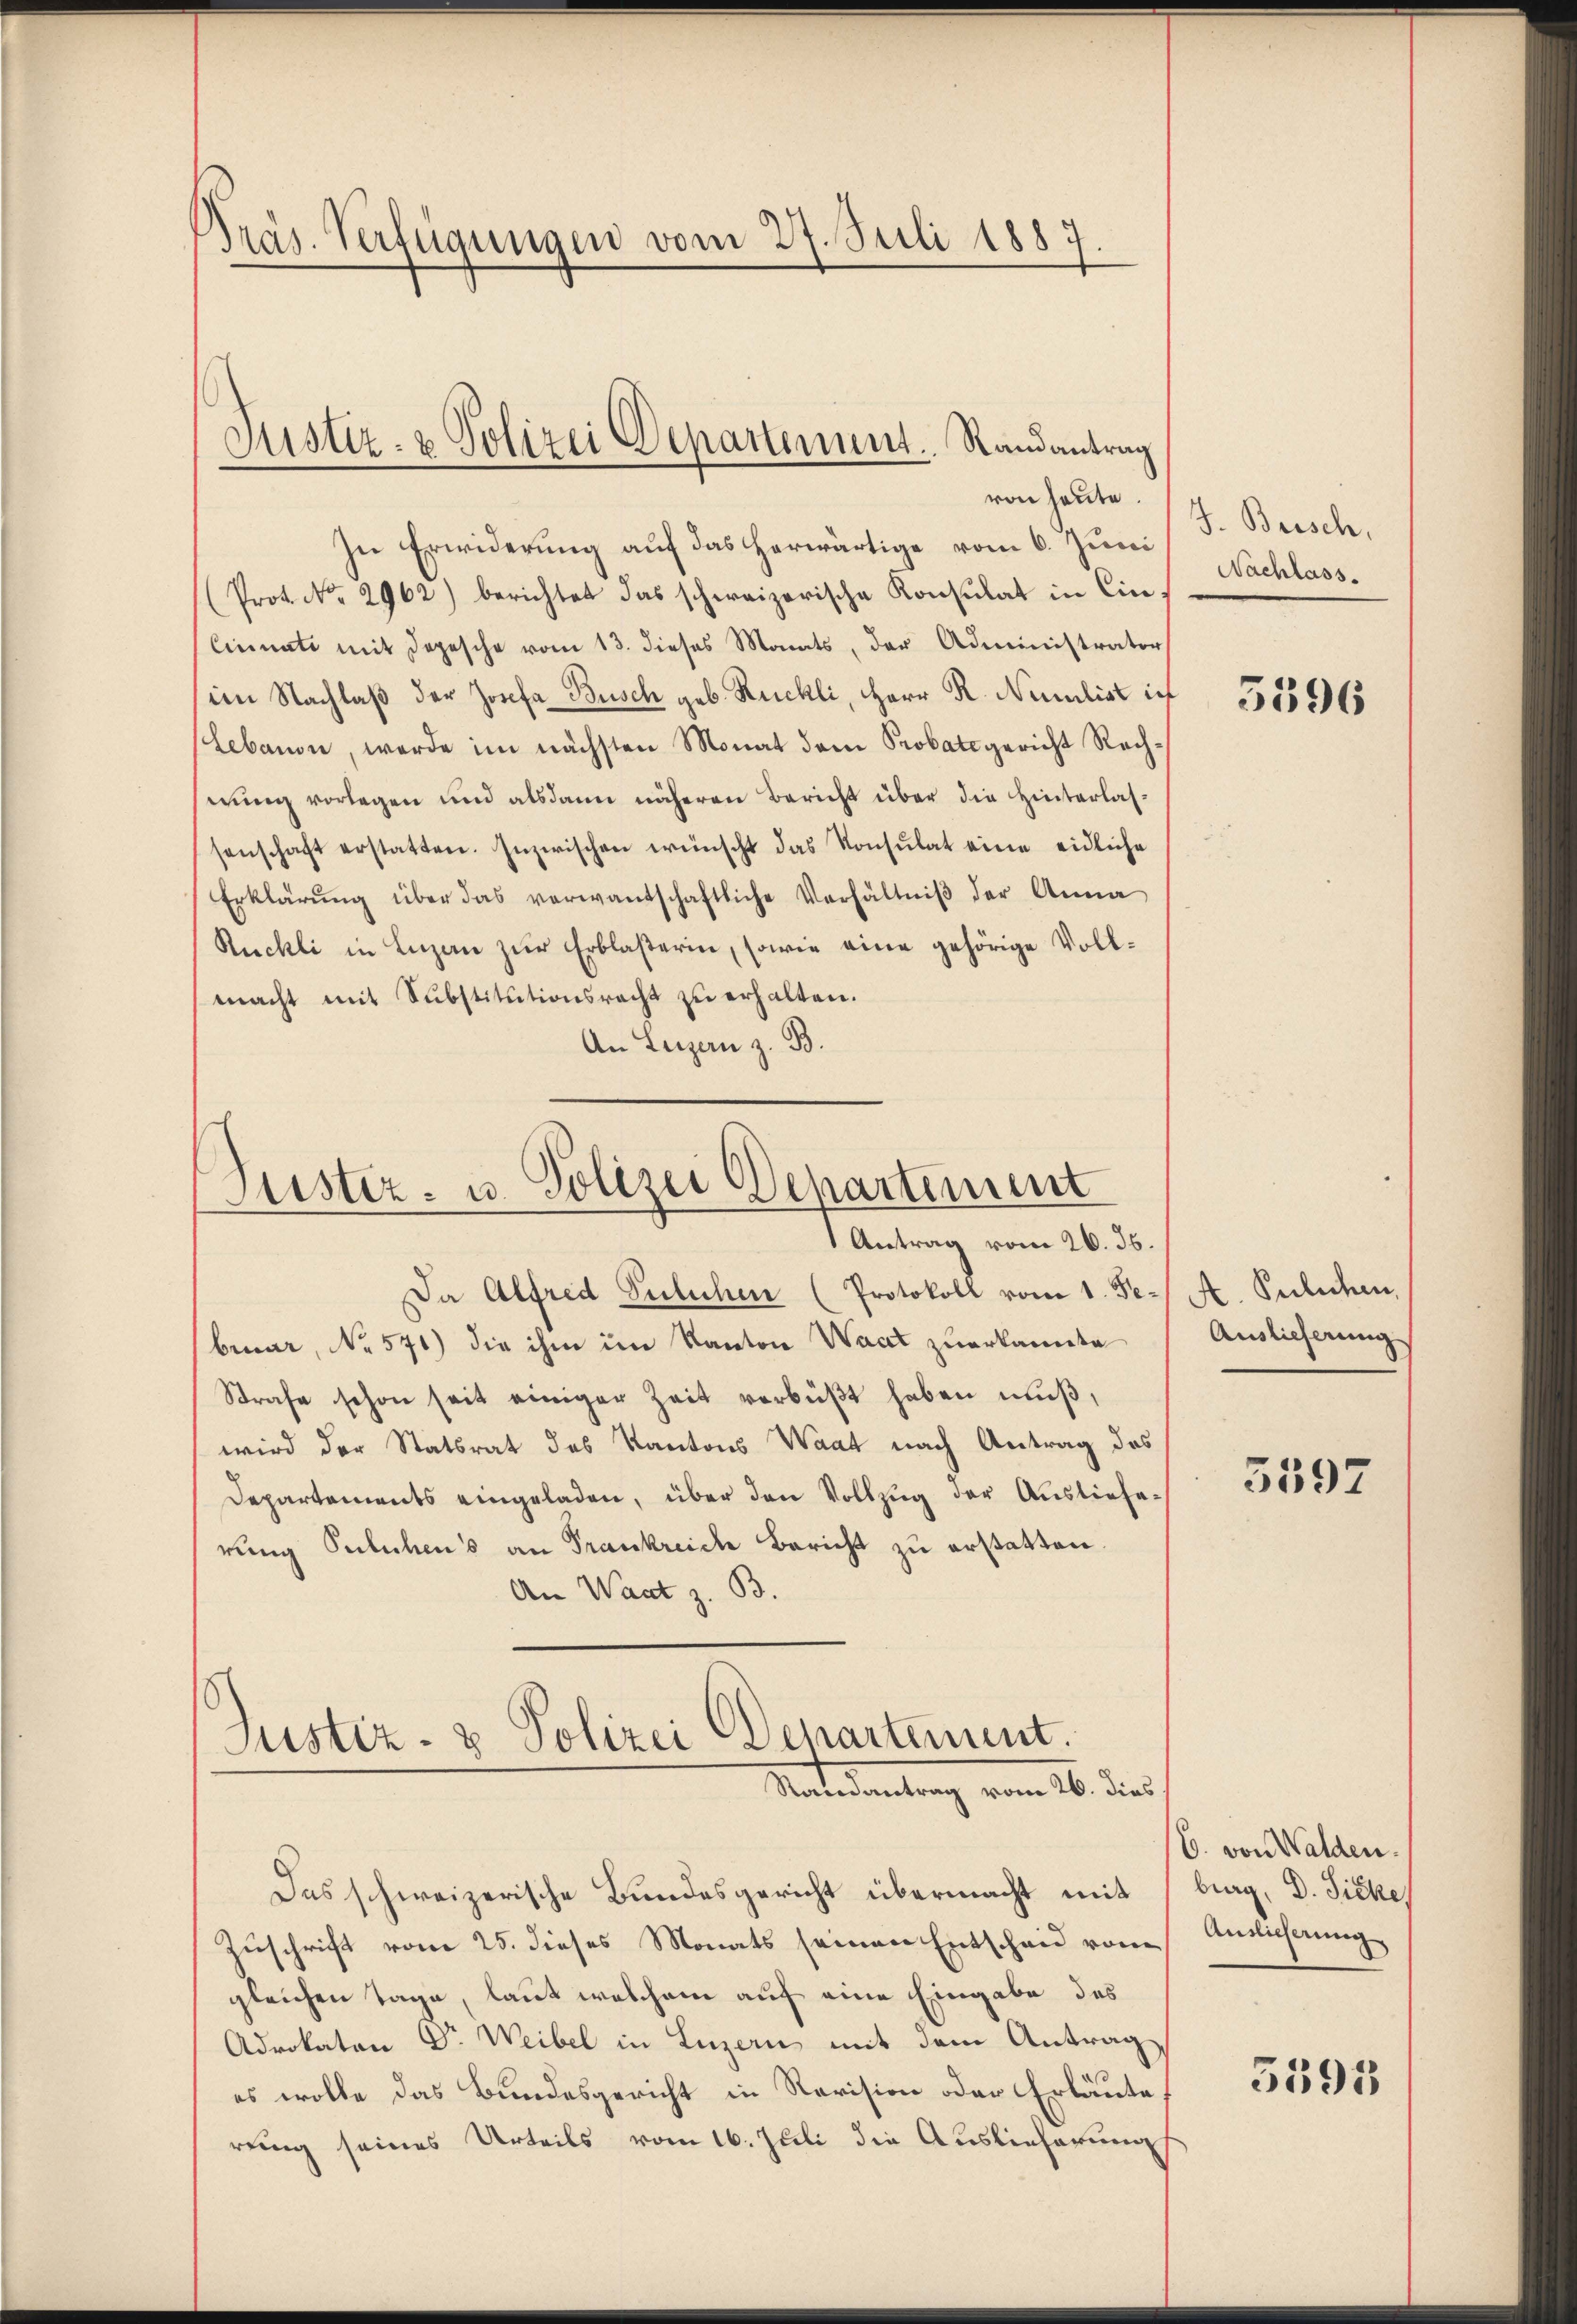
Präs. Verfügungen vom 27. Juli 1887.

Justiz- & Polizei Departement. Randantrag
von heute.

In Erwiderung auf das herwärtige vom 6. Juni
(Prot. No. 2962) berichtet das schweizerische Konsulat in Cin
Cirnati mit Depesche vom 13. dieses Monats, der Administrator
im Nachlaß der Josefa Busch geb. Rückli, Herr R. Nenlist ich
Lebanon, werde im nächsten Monat dem Probatsgericht Rechmung vorlegen und alsdann näheren Bericht über die Hinterlassenschaft erstatten. Inzwischen wünscht das Konsŭlat eine eidliche
Erklärŭng über das verwantschaftliche Verhältniβ der Anna
Ruchli in Luzan zur Erblaßerin, sowie eine gehörige Vollmacht mit Substitutionsracht zu erhalten.
An Luzern z. B.

Justiz- u. Polizei Departement
Antrag vom 26. ds.

Da Alfred Sulichen (Protokoll vom 1. Fe., A. Pulichen,
bruar, No 571) die ihm im Kanton Waadt zuerkannte
Strafe schon seit einiger Zeit verbüßt haben muß,
wird der Statsrat des Kantons Waat nach Antrag des
Departements eingeladen, über den Vollzug der Auslieferung Pulichens an Frankreich Bericht zu erstatten.
An Wart z. B.

Justiz- & Polizei Departement.
Natedentrag vom 16. dies

Das schweizerische Bundesgericht übermacht mit, brag, D. Ficke,
Zuschrift vom 25. dieses Monats seinen Entscheid vom Ansicherung
gleichen Tage, laut welchem auf eine Eingabe des
Adrokaten Dr. Weibel in Luzern mit dem Antrag
es wolle das Bundesgericht in Revision oder Erläute
rung seines Urteils vom 16. Juli die Auslieferung

J. Beisch,
Nachlass.

5596

Auslieferung

3597

b. von Walden.

3595